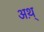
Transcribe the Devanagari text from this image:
अथ़्